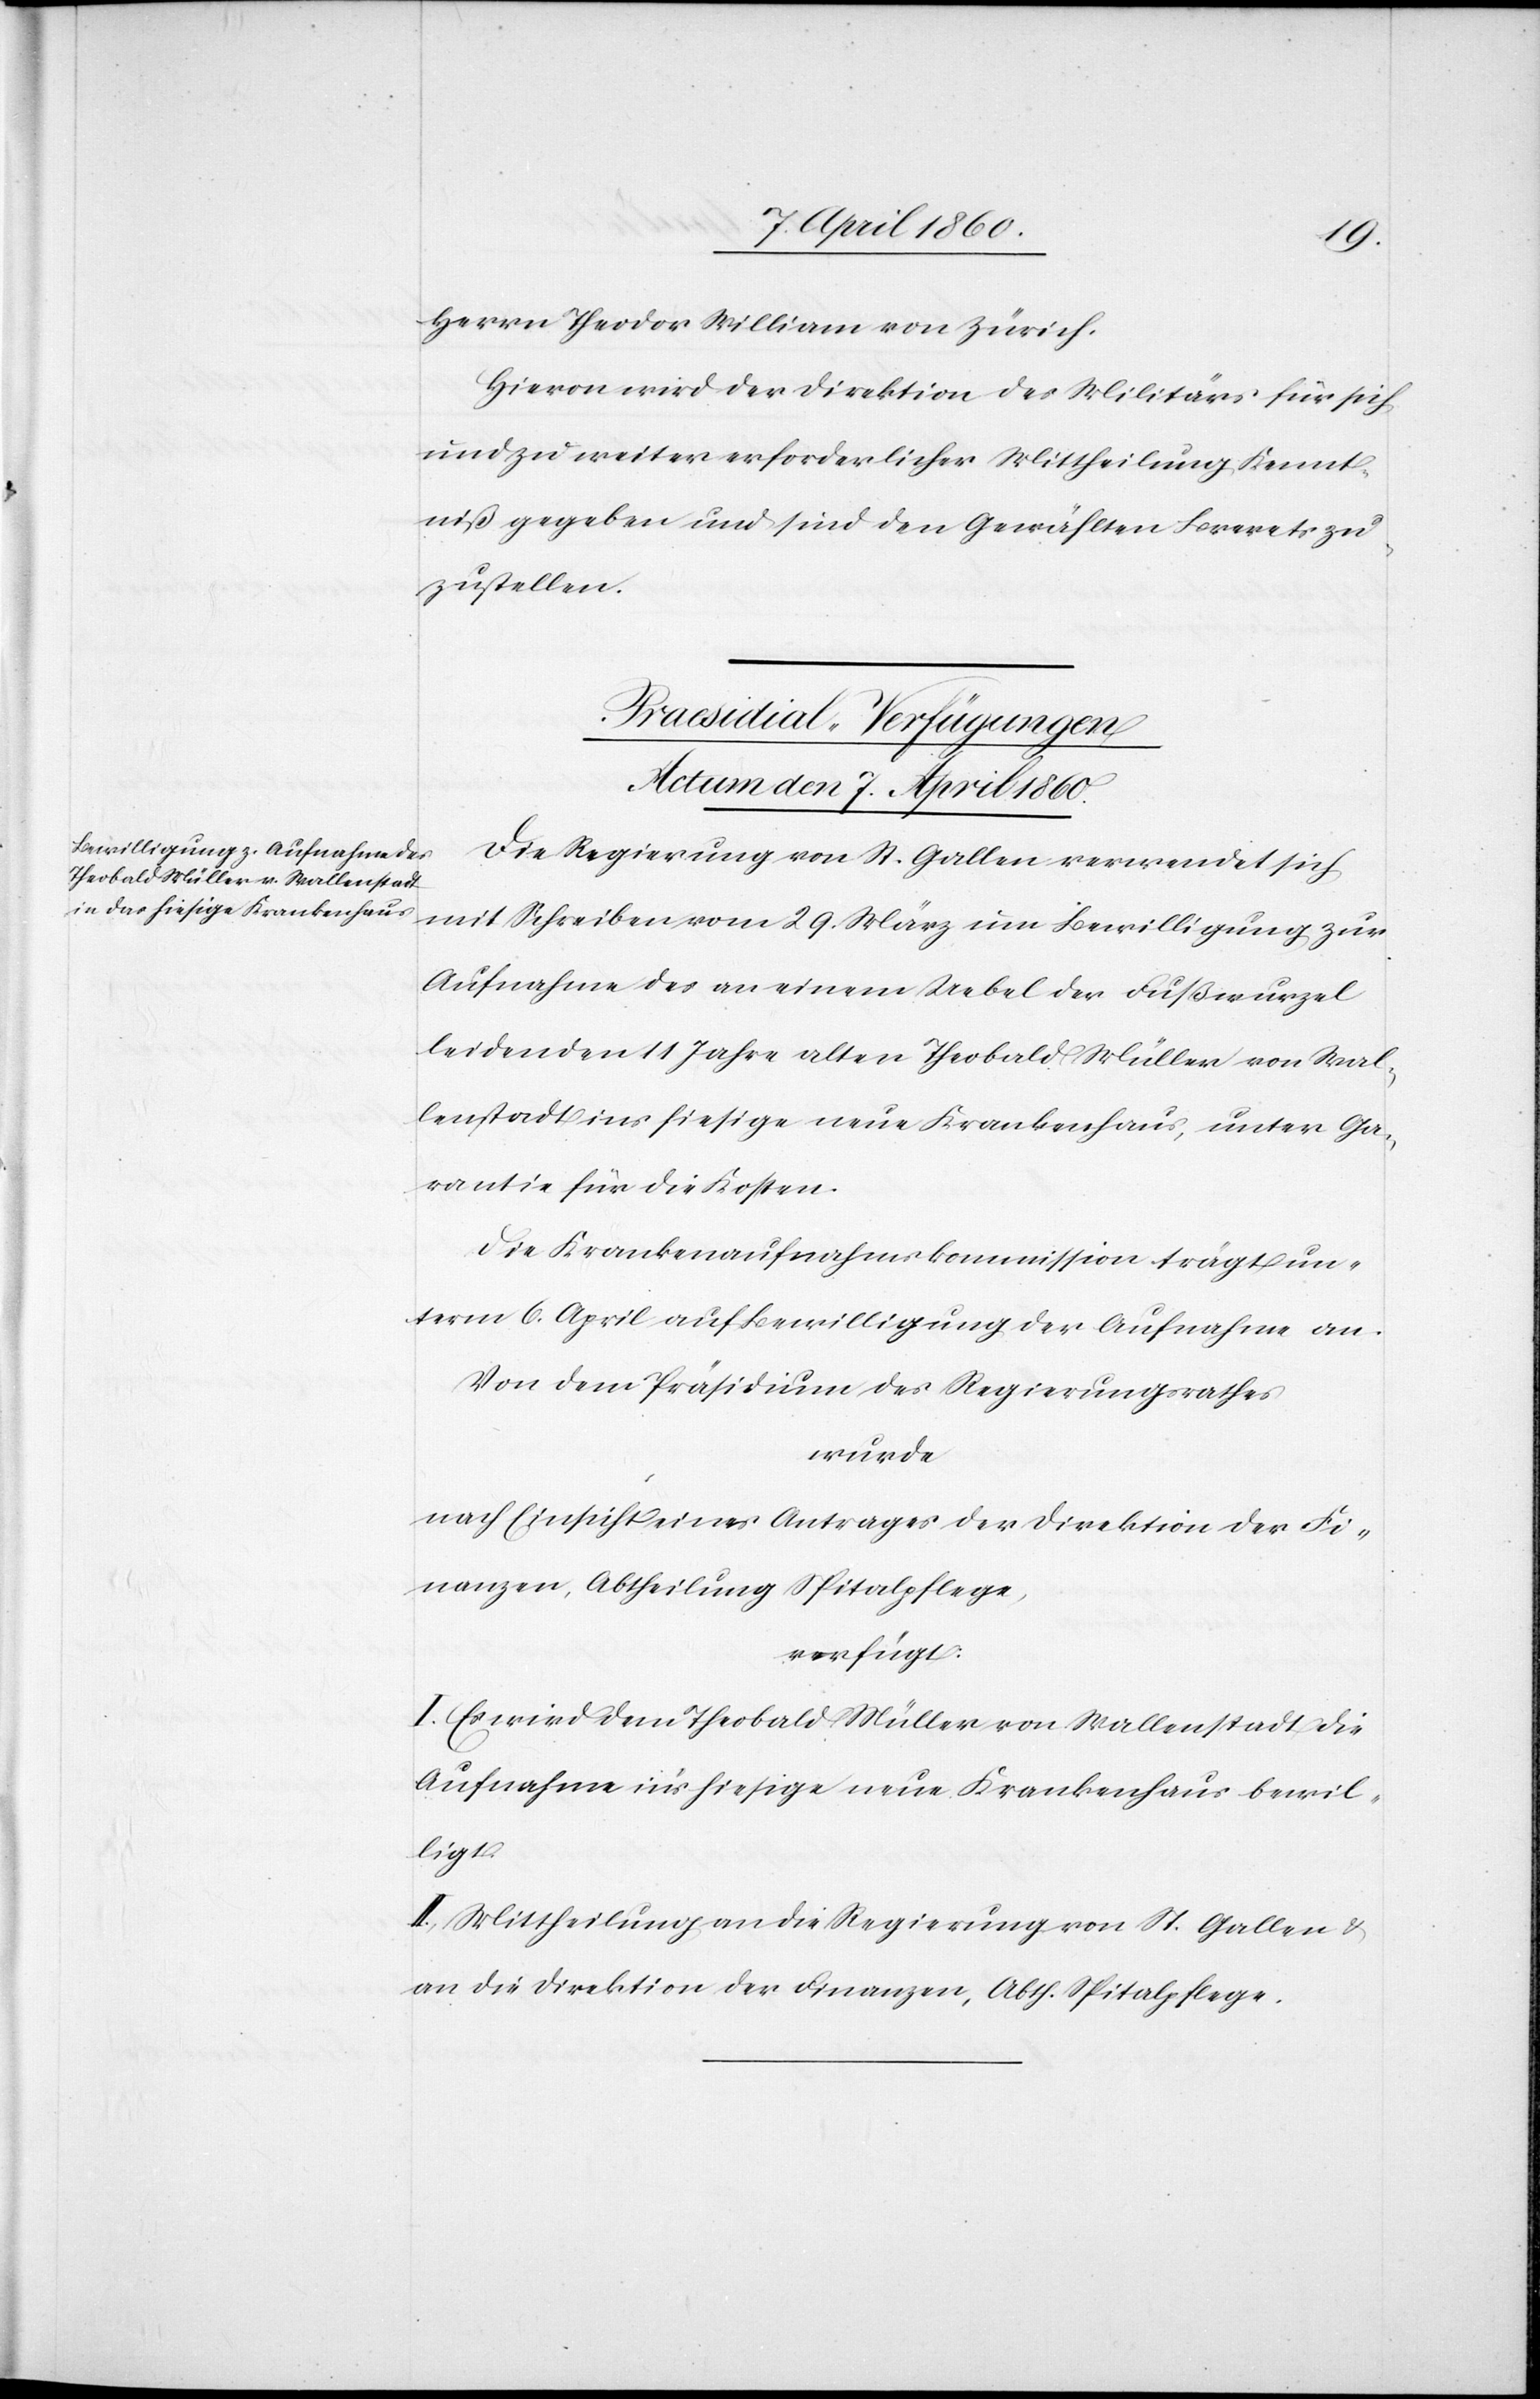
Herrn Theodor William von Zürich.
Hievon wird der Direktion des Militärs für sich
und zu weiter erforderlicher Mittheilung Kennt¬
niß gegeben und sind den Gewählten Brevets zu¬
zustellen.
Praesidial-Verfügungen.
Actum den 7. April 1860.
Die Regierung von St. Gallen verwendet sich
mit Schreiben vom 29. März um Bewilligung zur
Aufnahme des an einem Uebel der Fußwurzel
leidenden 11 Jahre alten Theobald Müller von Wal¬
lenstadt ins hiesige neue Krankenhaus, unter Ga¬
rantie für die Kosten.
Die Krankenaufnahmskommission trägt un¬
term 6. April auf Bewilligung der Aufnahme an.
Von dem Präsidium des Regierungsrathes
wurde
nach Einsicht eines Antrages der Direktion der Fi¬
nanzen, Abtheilung Spitalpflege.
verfügt:
I. Es wird dem Theobald Müller von Wallenstadt die
Aufnahme ins hiesige neue Krankenhaus bewil¬
ligt.
II. Mittheilung an die Regierung von St. Gallen u.
an die Direktion der Finanzen, Abth. Spitalpflege.